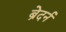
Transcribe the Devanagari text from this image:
ब्रेदर्न